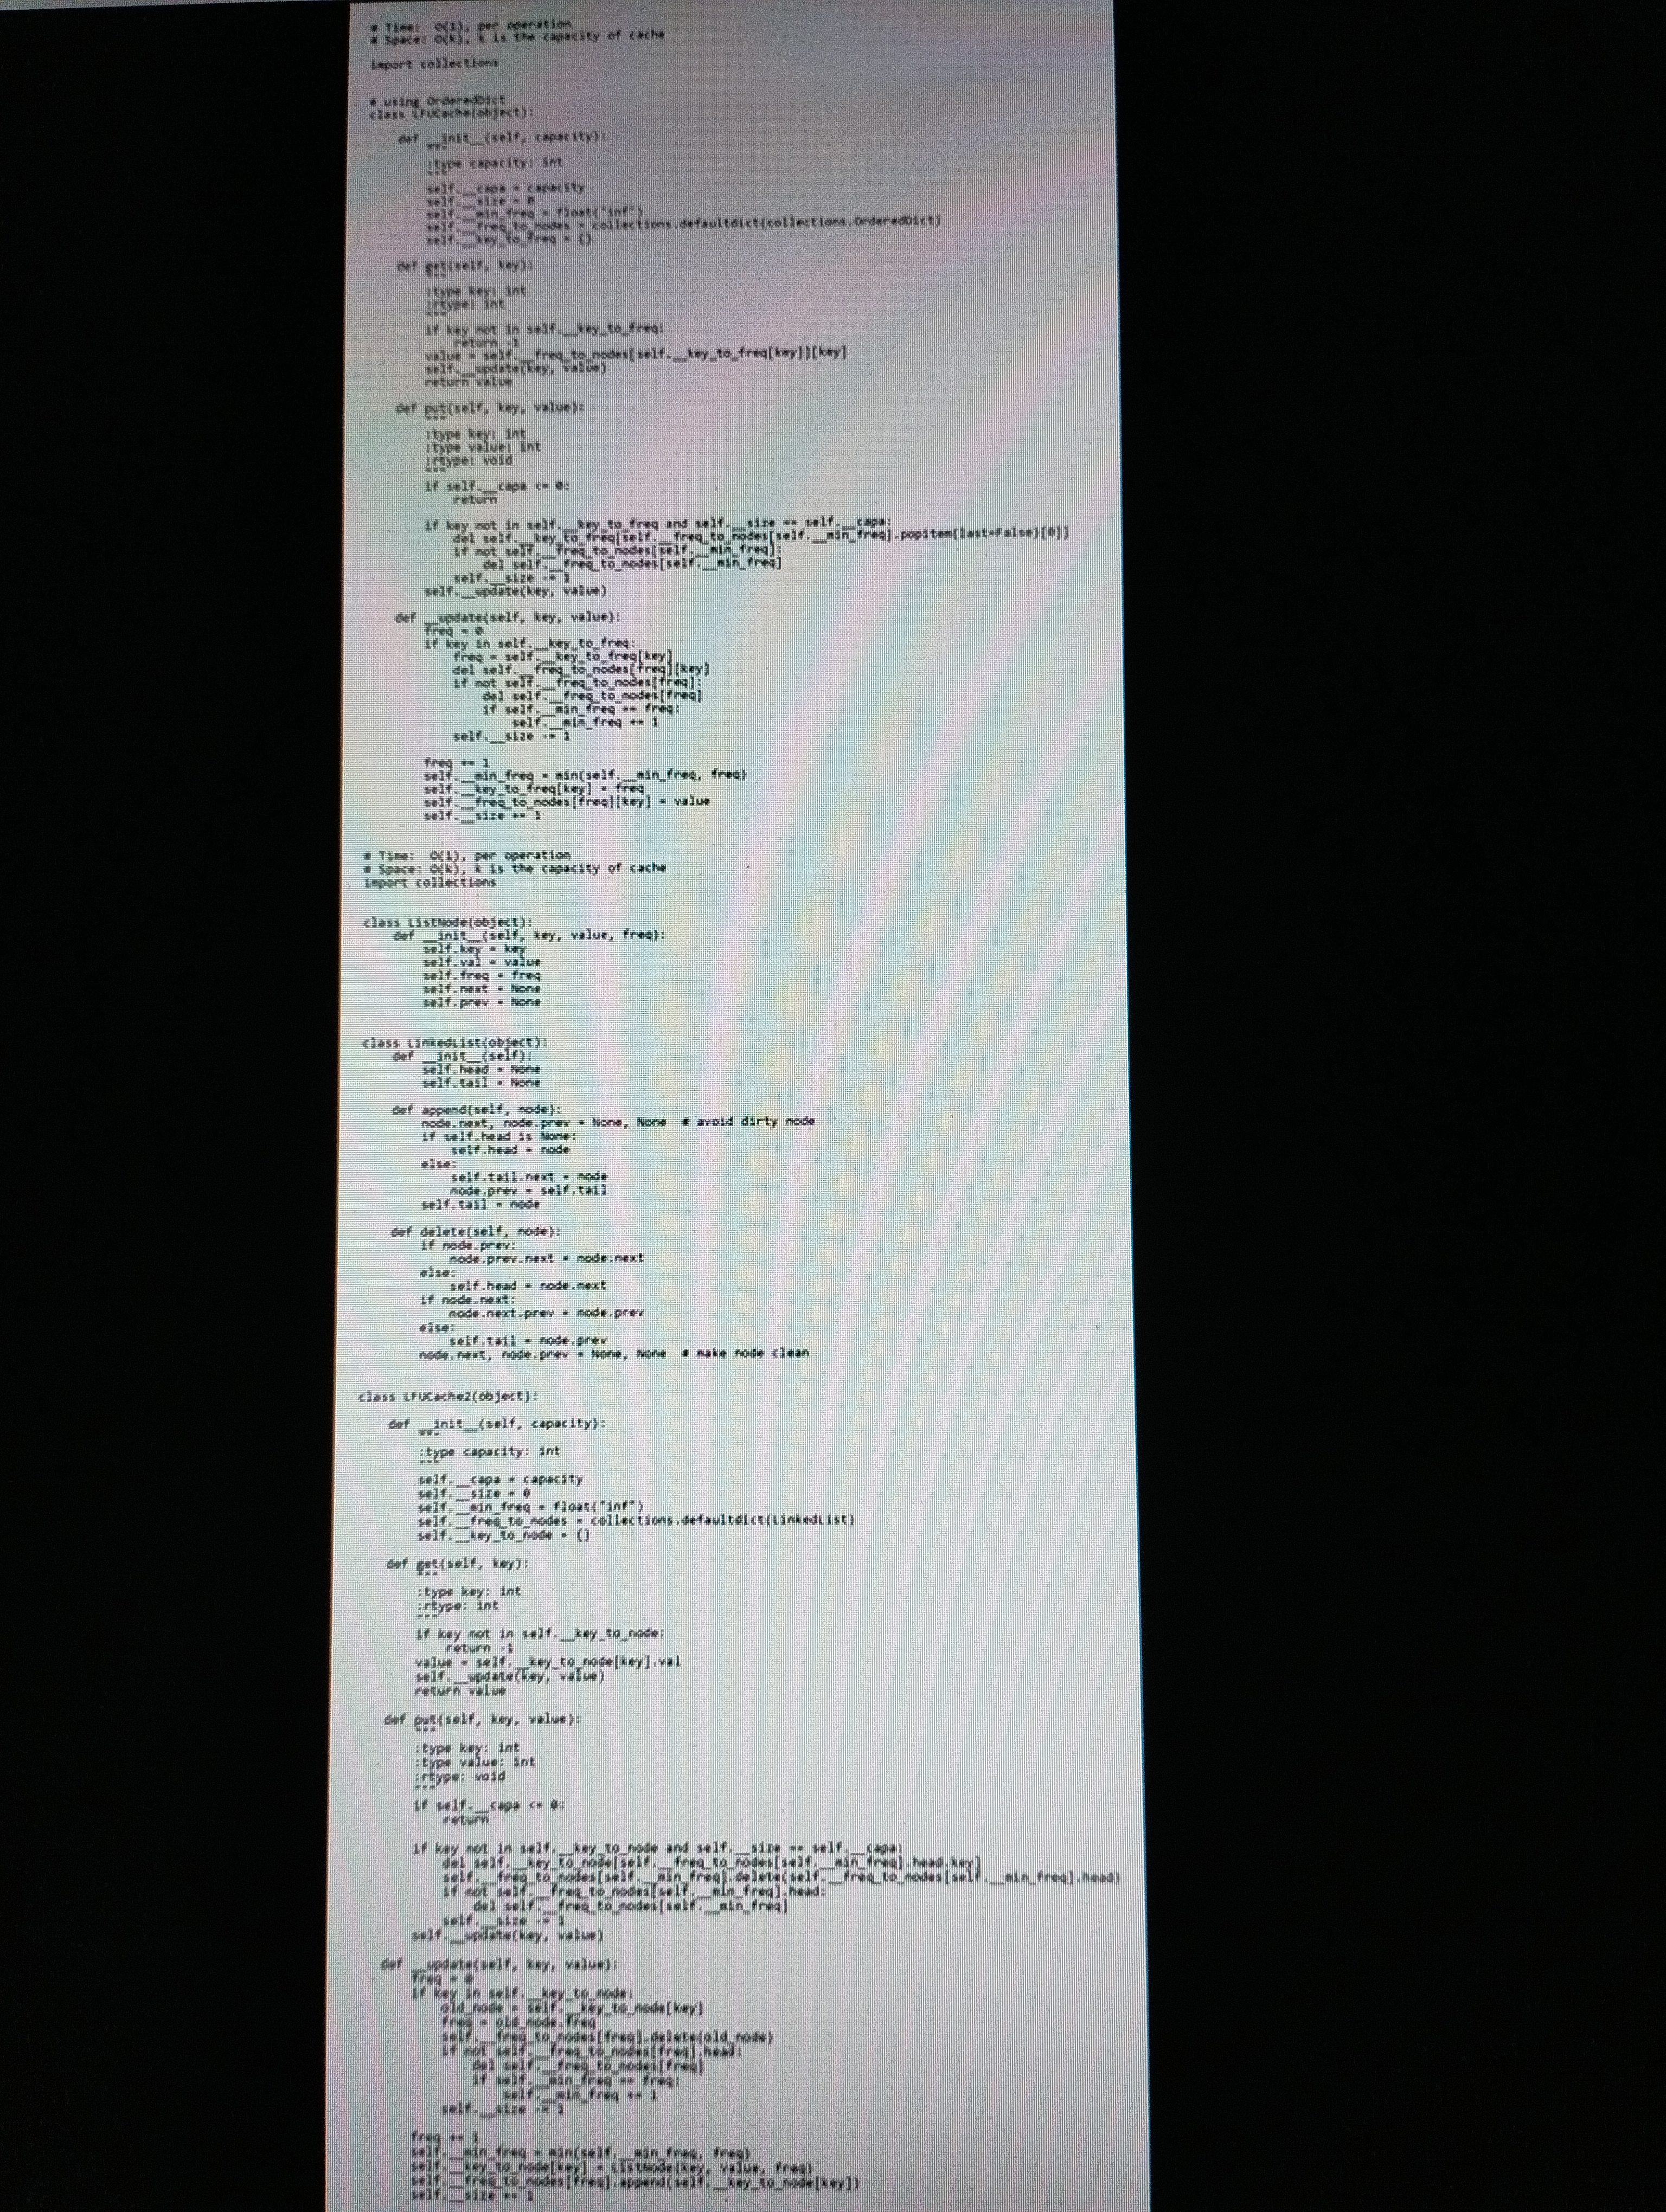
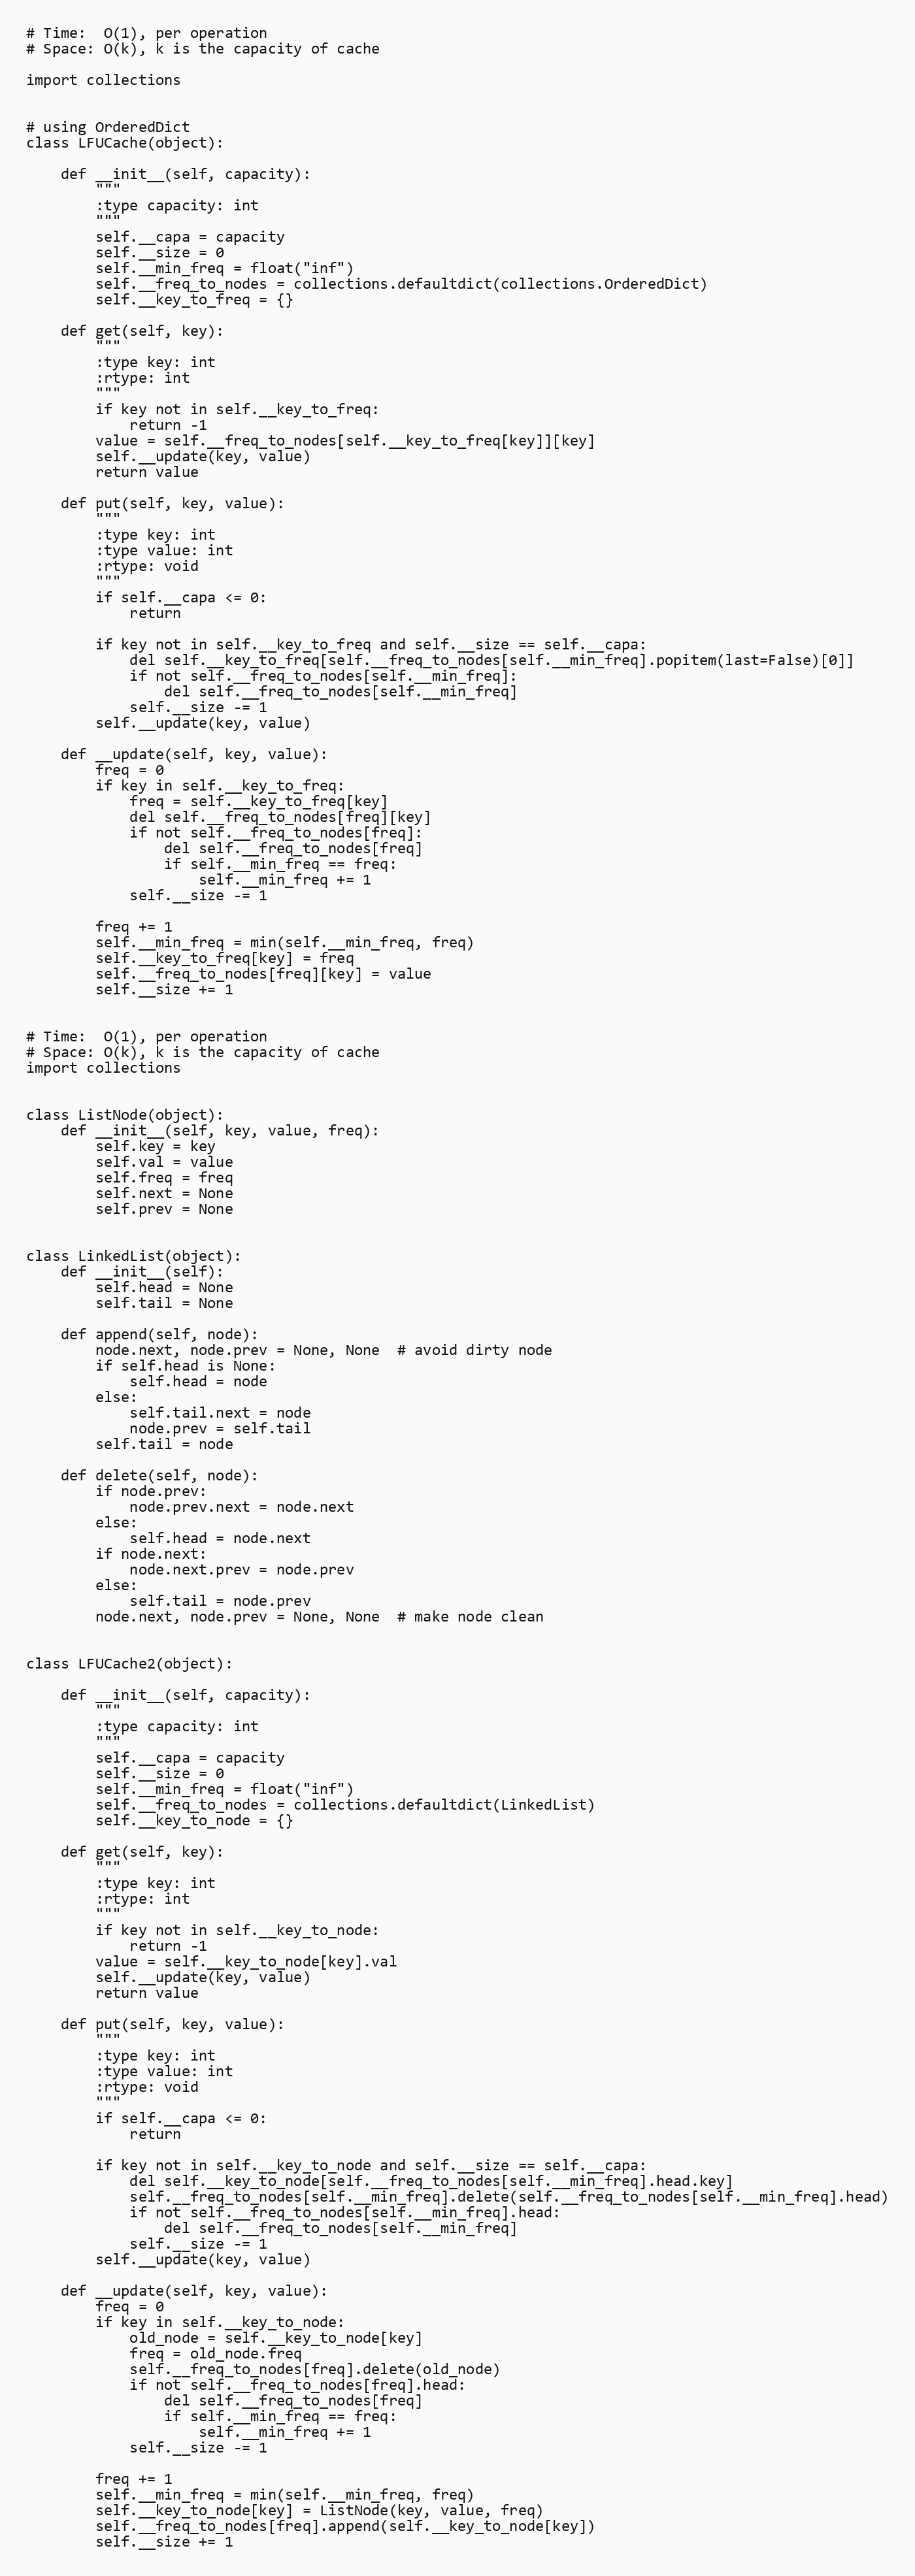
# Time:  O(1), per operation
# Space: O(k), k is the capacity of cache

import collections

# using OrderedDict
class LFUCache(object):

    def __init__(self, capacity):
        """
        :type capacity: int
        """
        self.__capa = capacity
        self.__size = 0
        self.__min_freq = float("inf")
        self.__freq_to_nodes = collections.defaultdict(collections.OrderedDict)
        self.__key_to_freq = {}

    def get(self, key):
        """
        :type key: int
        :rtype: int
        """
        if key not in self.__key_to_freq:
            return -1
        value = self.__freq_to_nodes[self.__key_to_freq[key]][key]
        self.__update(key, value)
        return value

    def put(self, key, value):
        """
        :type key: int
        :type value: int
        :rtype: void
        """
        if self.__capa <= 0:
            return

        if key not in self.__key_to_freq and self.__size == self.__capa:
            del self.__key_to_freq[self.__freq_to_nodes[self.__min_freq].popitem(last=False)[0]]
            if not self.__freq_to_nodes[self.__min_freq]:
                del self.__freq_to_nodes[self.__min_freq]
            self.__size -= 1
        self.__update(key, value)

    def __update(self, key, value):
        freq = 0
        if key in self.__key_to_freq:
            freq = self.__key_to_freq[key]
            del self.__freq_to_nodes[freq][key]
            if not self.__freq_to_nodes[freq]:
                del self.__freq_to_nodes[freq]
                if self.__min_freq == freq:
                    self.__min_freq += 1
            self.__size -= 1

        freq += 1
        self.__min_freq = min(self.__min_freq, freq)
        self.__key_to_freq[key] = freq
        self.__freq_to_nodes[freq][key] = value
        self.__size += 1

# Time:  O(1), per operation
# Space: O(k), k is the capacity of cache
import collections

class ListNode(object):
    def __init__(self, key, value, freq):
        self.key = key
        self.val = value
        self.freq = freq
        self.next = None
        self.prev = None

class LinkedList(object):
    def __init__(self):
        self.head = None
        self.tail = None

    def append(self, node):
        node.next, node.prev = None, None  # avoid dirty node
        if self.head is None:
            self.head = node
        else:
            self.tail.next = node
            node.prev = self.tail
        self.tail = node

    def delete(self, node):
        if node.prev:
            node.prev.next = node.next
        else:
            self.head = node.next
        if node.next:
            node.next.prev = node.prev
        else:
            self.tail = node.prev
        node.next, node.prev = None, None  # make node clean

class LFUCache2(object):

    def __init__(self, capacity):
        """
        :type capacity: int
        """
        self.__capa = capacity
        self.__size = 0
        self.__min_freq = float("inf")
        self.__freq_to_nodes = collections.defaultdict(LinkedList)
        self.__key_to_node = {}

    def get(self, key):
        """
        :type key: int
        :rtype: int
        """
        if key not in self.__key_to_node:
            return -1
        value = self.__key_to_node[key].val
        self.__update(key, value)
        return value

    def put(self, key, value):
        """
        :type key: int
        :type value: int
        :rtype: void
        """
        if self.__capa <= 0:
            return

        if key not in self.__key_to_node and self.__size == self.__capa:
            del self.__key_to_node[self.__freq_to_nodes[self.__min_freq].head.key]
            self.__freq_to_nodes[self.__min_freq].delete(self.__freq_to_nodes[self.__min_freq].head)
            if not self.__freq_to_nodes[self.__min_freq].head:
                del self.__freq_to_nodes[self.__min_freq]
            self.__size -= 1
        self.__update(key, value)

    def __update(self, key, value):
        freq = 0
        if key in self.__key_to_node:
            old_node = self.__key_to_node[key]
            freq = old_node.freq
            self.__freq_to_nodes[freq].delete(old_node)
            if not self.__freq_to_nodes[freq].head:
                del self.__freq_to_nodes[freq]
                if self.__min_freq == freq:
                    self.__min_freq += 1
            self.__size -= 1

        freq += 1
        self.__min_freq = min(self.__min_freq, freq)
        self.__key_to_node[key] = ListNode(key, value, freq)
        self.__freq_to_nodes[freq].append(self.__key_to_node[key])
        self.__size += 1